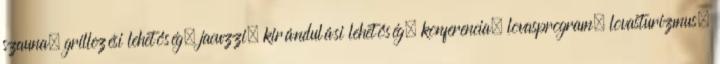
szauna, grillezési lehetőség, jacuzzi, kirándulási lehetőség, konferencia, lovasprogram, lovasturizmus,